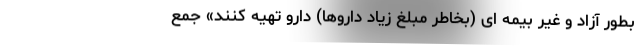
بطور آزاد و غیر بیمه ای (بخاطر مبلغ زیاد داروها) دارو تهیه کنند» جمع